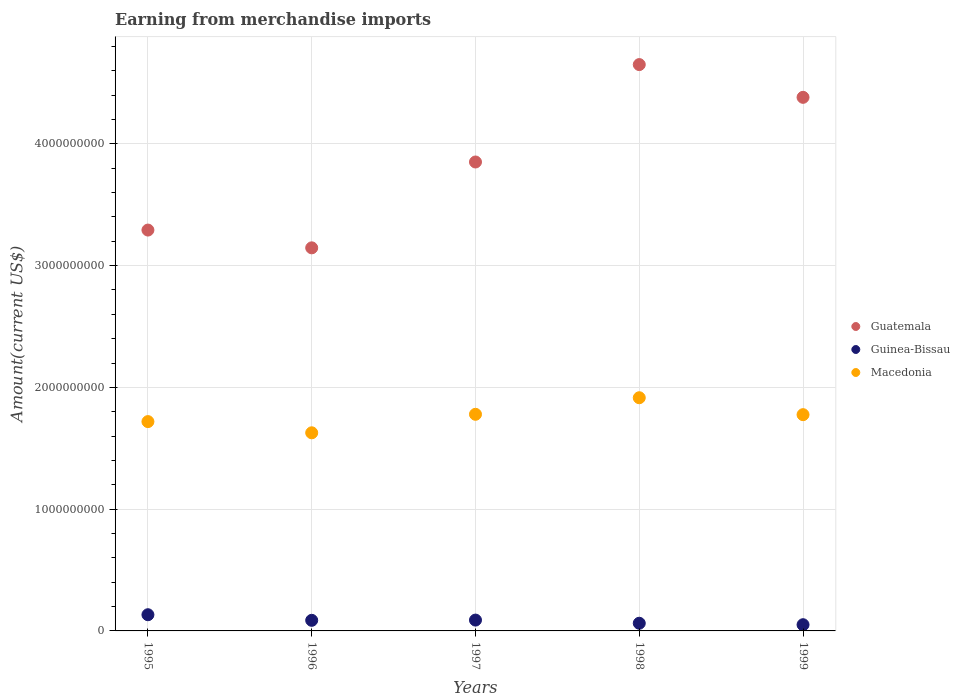
| Years | Guatemala | Guinea-Bissau | Macedonia |
 | --- | --- | --- | --- |
 | 1995 | 3.29e+09 | 1.33e+08 | 1.72e+09 |
 | 1996 | 3.15e+09 | 8.7e+07 | 1.63e+09 |
 | 1997 | 3.85e+09 | 8.9e+07 | 1.78e+09 |
 | 1998 | 4.65e+09 | 6.3e+07 | 1.92e+09 |
 | 1999 | 4.38e+09 | 5.1e+07 | 1.78e+09 |